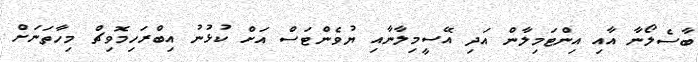
ބާސެލޯނާ އާއި އިންޓަމިލާން އަދި އޭސީމިލާނާއި ޔުވެންޓަސް އަށް ކުޅުނު އިބްރަހިމޮވިޗް މިހާތަނަށް